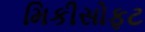
મિકીસોફટ